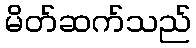
မိတ်ဆက်သည်